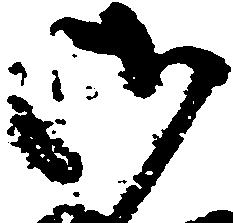
御